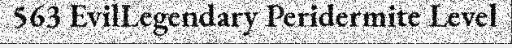
563 EvilLegendary Peridermite Level